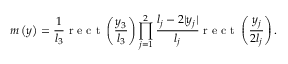
m \left( \boldsymbol { y } \right) = \frac { 1 } { l _ { 3 } } \mathrm { ~ r ~ e ~ c ~ t ~ } \left( \frac { y _ { 3 } } { l _ { 3 } } \right) \prod _ { j = 1 } ^ { 2 } \frac { l _ { j } - 2 | y _ { j } | } { l _ { j } } \mathrm { ~ r ~ e ~ c ~ t ~ } \left( \frac { y _ { j } } { 2 l _ { j } } \right) .